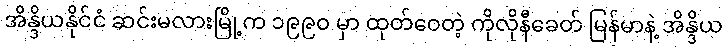
အိန္ဒိယနိုင်ငံ ဆင်းမလားမြို့က ၁၉၉၀ မှာ ထုတ်ဝေတဲ့ ကိုလိုနီခေတ် မြန်မာနဲ့ အိန္ဒိယ